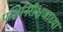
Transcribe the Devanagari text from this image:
पक्षिनिरीक्षणाच्या